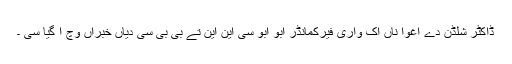
ڈاکٹر شلڈن دے اغوا ناں اک واری فیرکمانڈر ابو ابو سی این این تے بی بی سی دیاں خبراں وچ آ گیا سی ۔